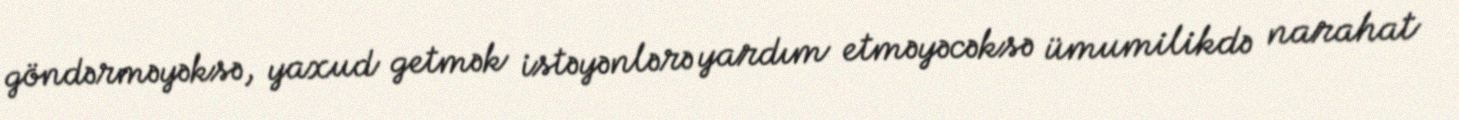
göndərməyəksə, yaxud getmək istəyənlərə yardım etməyəcəksə ümumilikdə narahat